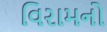
વિરામનો